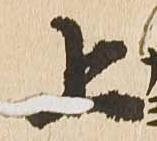
上